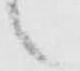
々